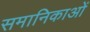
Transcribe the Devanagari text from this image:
समानिकाओं